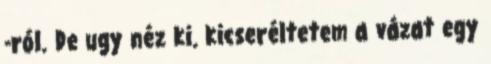
-ról. De ugy néz ki. kicseréltetem a vázat egy